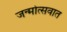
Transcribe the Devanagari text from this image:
जन्मोत्सवात